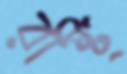
রাষ্ট্